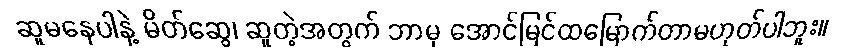
ဆူမနေပါနဲ့ မိတ်ဆွေ၊ ဆူတဲ့အတွက် ဘာမှ အောင်မြင်ထမြောက်တာမဟုတ်ပါဘူး။